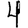
Digit: 4